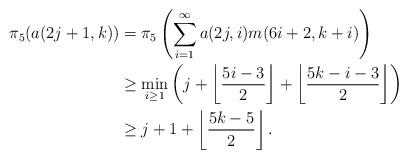
LaTeX: \begin{align*}\pi_{5}(a(2j+1,k)) &=\pi_{5}\left(\sum_{i=1}^{\infty}a(2j,i)m(6i+2,k+i)\right)\\ &\geq \min_{i\geq1}\left(j+\left\lfloor\dfrac{5i-3}{2}\right\rfloor+\left\lfloor\dfrac{5k-i-3}{2}\right\rfloor\right)\\ &\geq j+1+\left\lfloor\dfrac{5k-5}{2}\right\rfloor.\end{align*}